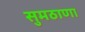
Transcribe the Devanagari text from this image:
सुमठाणा